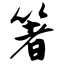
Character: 箸